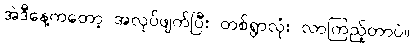
အဲဒီနေ့ကတော့ အလုပ်ဖျက်ပြီး တစ်ရွာလုံး လာကြည့်တာပဲ။